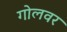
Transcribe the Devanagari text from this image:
गोलवर